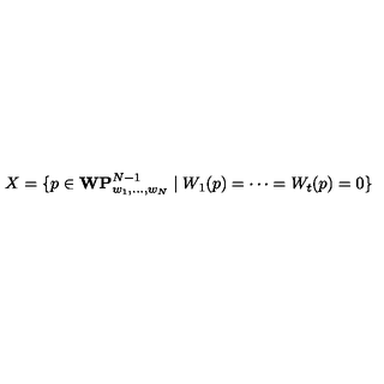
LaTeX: X = \{ p \in { \bf W P } _ { w _ { 1 } , \ldots , w _ { N } } ^ { N - 1 } \mid W _ { 1 } ( p ) = \cdots = W _ { t } ( p ) = 0 \}